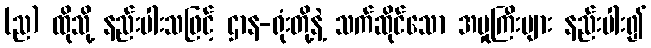
(ည) ထိုသို့ နည်းပါးသဖြင့် ဌာန-ရုံးတို့နဲ့ သက်ဆိုင်သော အမှုကြီးများ နည်းပါး၍